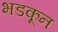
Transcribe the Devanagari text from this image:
भडकून